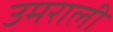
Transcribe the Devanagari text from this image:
उमराली